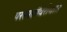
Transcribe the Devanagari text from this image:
परस्परांविरोधात